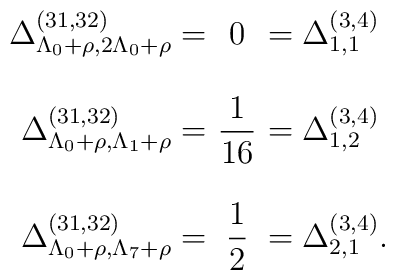
\begin{array}{rcl}\Delta_{\Lambda_0+\rho,2\Lambda_0+\rho}^{(31,32)}=& \! \! \! 0 \! \! \! &=\Delta_{1,1}^{(3,4)} \\ & & \\\Delta_{\Lambda_0+\rho,\Lambda_1+\rho}^{(31,32)}=&\displaystyle \! \! \! \frac{1}{16} \! \! \! &=\Delta_{1,2}^{(3,4)} \\ & & \\\Delta_{\Lambda_0+\rho,\Lambda_7+\rho}^{(31,32)}=&\displaystyle \! \! \! \frac{1}{2} \! \! \! &=\Delta_{2,1}^{(3,4)}.\end{array}